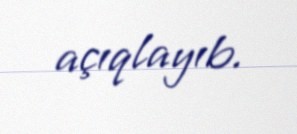
açıqlayıb.